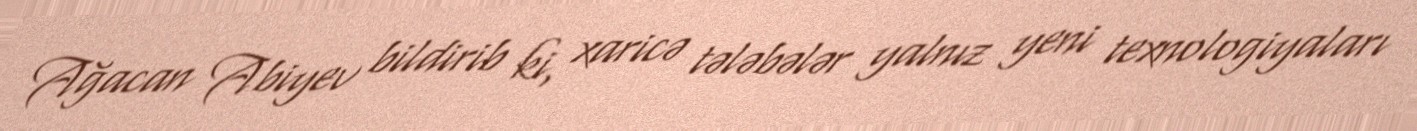
Ağacan Abiyev bildirib ki, xaricə tələbələr yalnız yeni texnologiyaları